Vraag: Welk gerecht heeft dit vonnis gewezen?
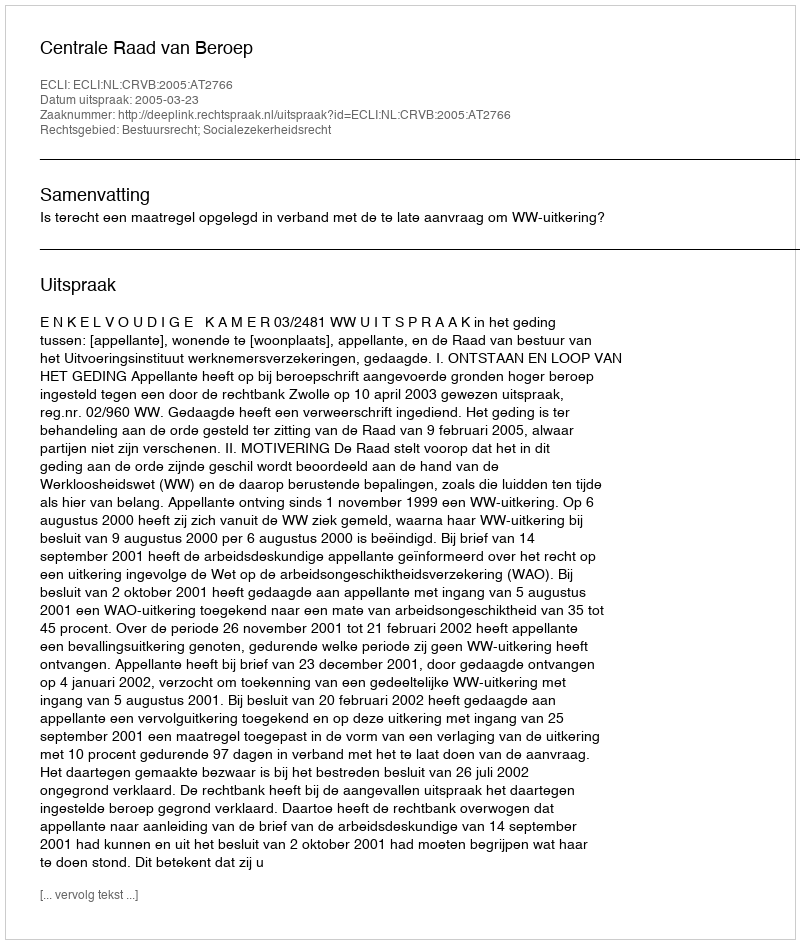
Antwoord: Centrale Raad van Beroep